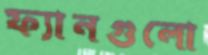
ফ্যানগুলো